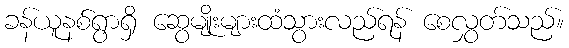
ခန်ယူနစ်ရွာရှိ ဆွေမျိုးများထံသွားလည်ရန် စေလွှတ်သည်။